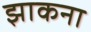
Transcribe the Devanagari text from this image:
झाकना